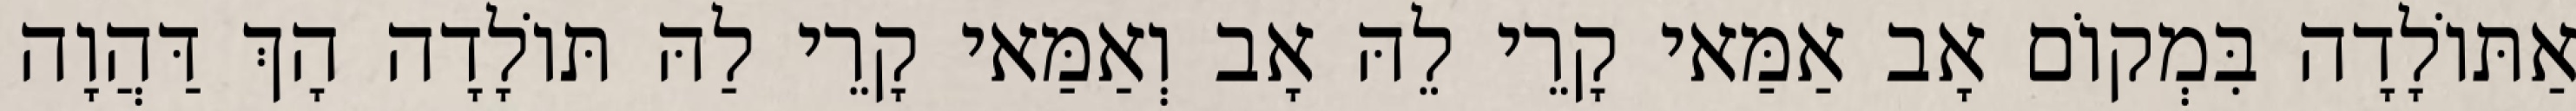
אַתּוֹלָדָה בִּמְקוֹם אָב אַמַּאי קָרֵי לֵהּ אָב וְאַמַּאי קָרֵי לַהּ תּוֹלָדָה הָךְ דַּהֲוָה